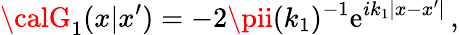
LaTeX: {\calG}_{1}(x|x^{\prime})=-2\pii(k_{1})^{-1}\mathrm{e}^{ik_{1}|x-x^{\prime}|}\, ,